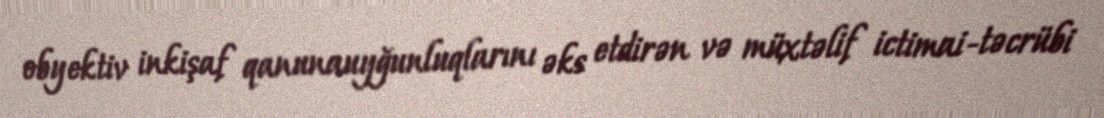
obyektiv inkişaf qanunauyğunluqlarını əks etdirən və müxtəlif ictimai-təcrübi